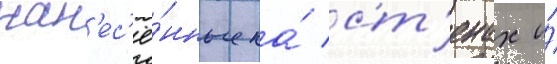
нан'ес'ё́нные на́ ст'енах и́